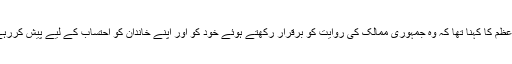
وزیراعظم کا کہنا تھا کہ وہ جمہوری ممالک کی روایت کو برقرار رکھتے ہوئے خود کو اور اپنے خاندان کو احتساب کے لیے پیش کررہے ہیں۔